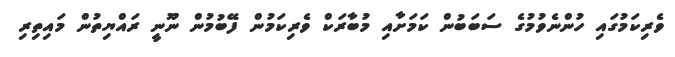
ވެރިކަމުގައި ހުންނެވުމުގެ ސަބަބުން ކަމަށާއި މުބާރަކް ވެރިކަމުން ފޭބުމުން ނޫނީ ރައްޔިތުން މައިތިރި